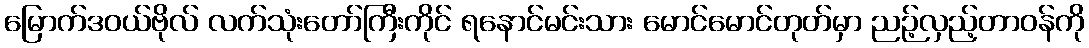
မြောက်ဒဝယ်ဗိုလ် လက်သုံးတော်ကြီးကိုင် ရနောင်မင်းသား မောင်မောင်တုတ်မှာ ညဉ့်လှည့်တာဝန်ကို